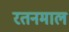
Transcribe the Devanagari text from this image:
रतनमाल